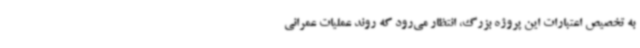
به تخصیص اعتبارات این پروژه بزرگ، انتظار می‌رود که روند عملیات عمرانی